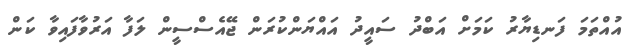
އުއްތަމަ ފަނޑިޔާރު ކަމަށް އަބްދު ސައީދު އައްޔަންކުރަން ޖޭއެސްސީން ލަފާ އަރުވާފައިވާ ކަން